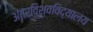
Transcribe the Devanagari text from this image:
अंतर्विश्वविद्यालय